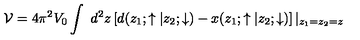
{ \cal V } = 4 \pi ^ { 2 } V _ { 0 } \int { { \ d ^ { 2 } z } } \left[ d ( z _ { 1 } ; \uparrow | z _ { 2 } ; \downarrow ) - x ( z _ { 1 } ; \uparrow | z _ { 2 } ; \downarrow ) \right] | _ { z _ { 1 } = z _ { 2 } = z }